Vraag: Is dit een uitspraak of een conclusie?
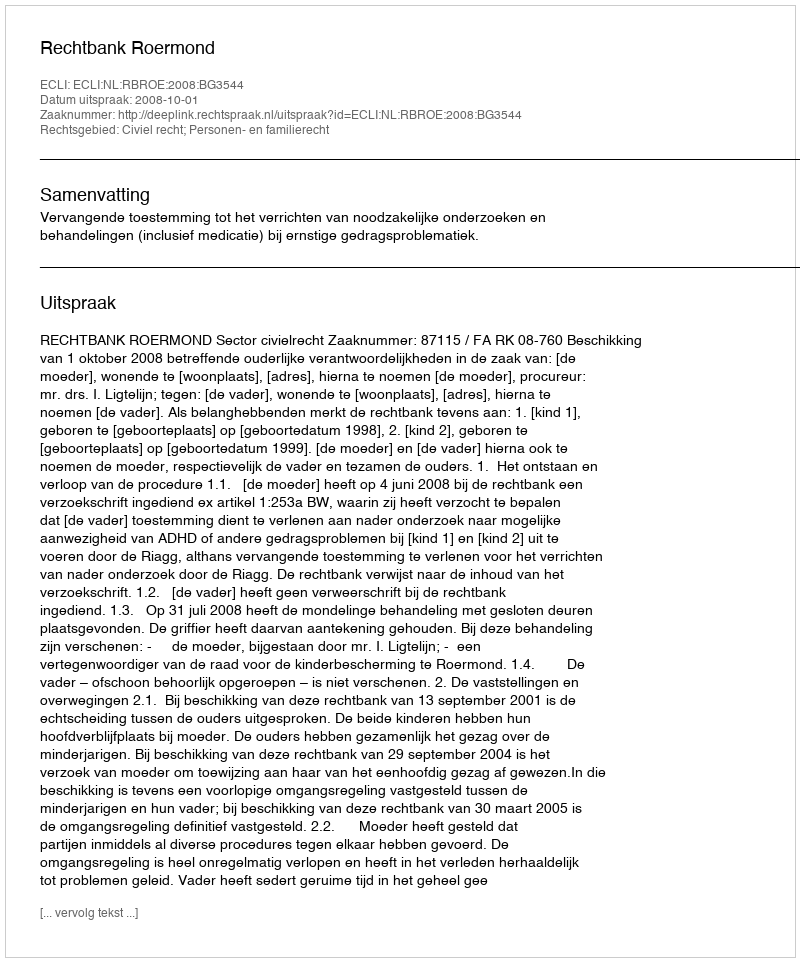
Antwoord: Uitspraak